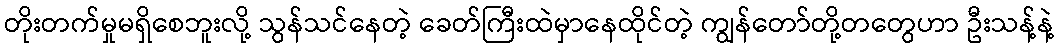
တိုးတက်မှုမရှိစေဘူးလို့ သွန်သင်နေတဲ့ ခေတ်ကြီးထဲမှာနေထိုင်တဲ့ ကျွန်တော်တို့တတွေဟာ ဦးသန့်နဲ့